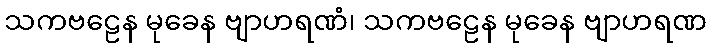
သကဗဠေန မုခေန ဗျာဟရဏံ၊ သကဗဠေန မုခေန ဗျာဟရဏ